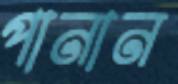
পানান